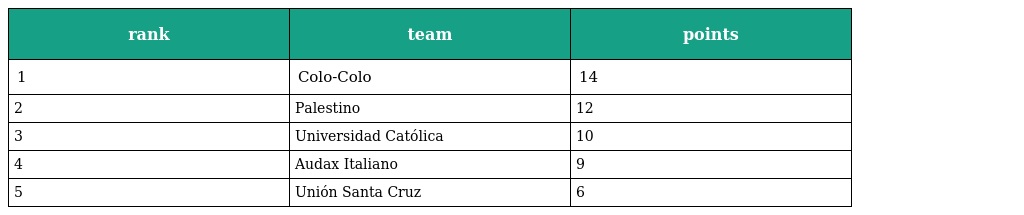
| rank | team | points |
 | --- | --- | --- |
 | 1 | Colo-Colo | 14 |
 | 2 | Palestino | 12 |
 | 3 | Universidad Católica | 10 |
 | 4 | Audax Italiano | 9 |
 | 5 | Unión Santa Cruz | 6 |